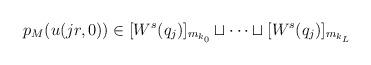
LaTeX: \begin{align*}p_{M}(u(jr,0)) \in [W^s(q_j)]_{m_{k_0}} \sqcup \cdots \sqcup [W^s(q_j)]_{m_{k_L}} \end{align*}